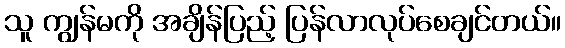
သူ ကျွန်မကို အချိန်ပြည့် ပြန်လာလုပ်စေချင်တယ်။